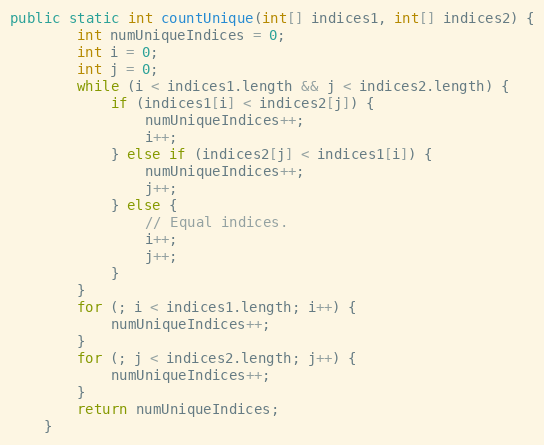
Language: Java
public static int countUnique(int[] indices1, int[] indices2) {
        int numUniqueIndices = 0;
        int i = 0;
        int j = 0;
        while (i < indices1.length && j < indices2.length) {
            if (indices1[i] < indices2[j]) {
                numUniqueIndices++;
                i++;
            } else if (indices2[j] < indices1[i]) {
                numUniqueIndices++;
                j++;
            } else {
                // Equal indices.
                i++;
                j++;
            }
        }
        for (; i < indices1.length; i++) {
            numUniqueIndices++;
        }
        for (; j < indices2.length; j++) {
            numUniqueIndices++;
        }
        return numUniqueIndices;
    }